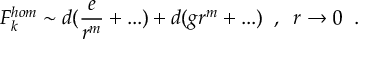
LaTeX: F _ { k } ^ { h o m } \sim d ( \frac { e } { r ^ { m } } + . . . ) + d ( g r ^ { m } + . . . ) \; \; , \; \; r \rightarrow 0 \; \; .